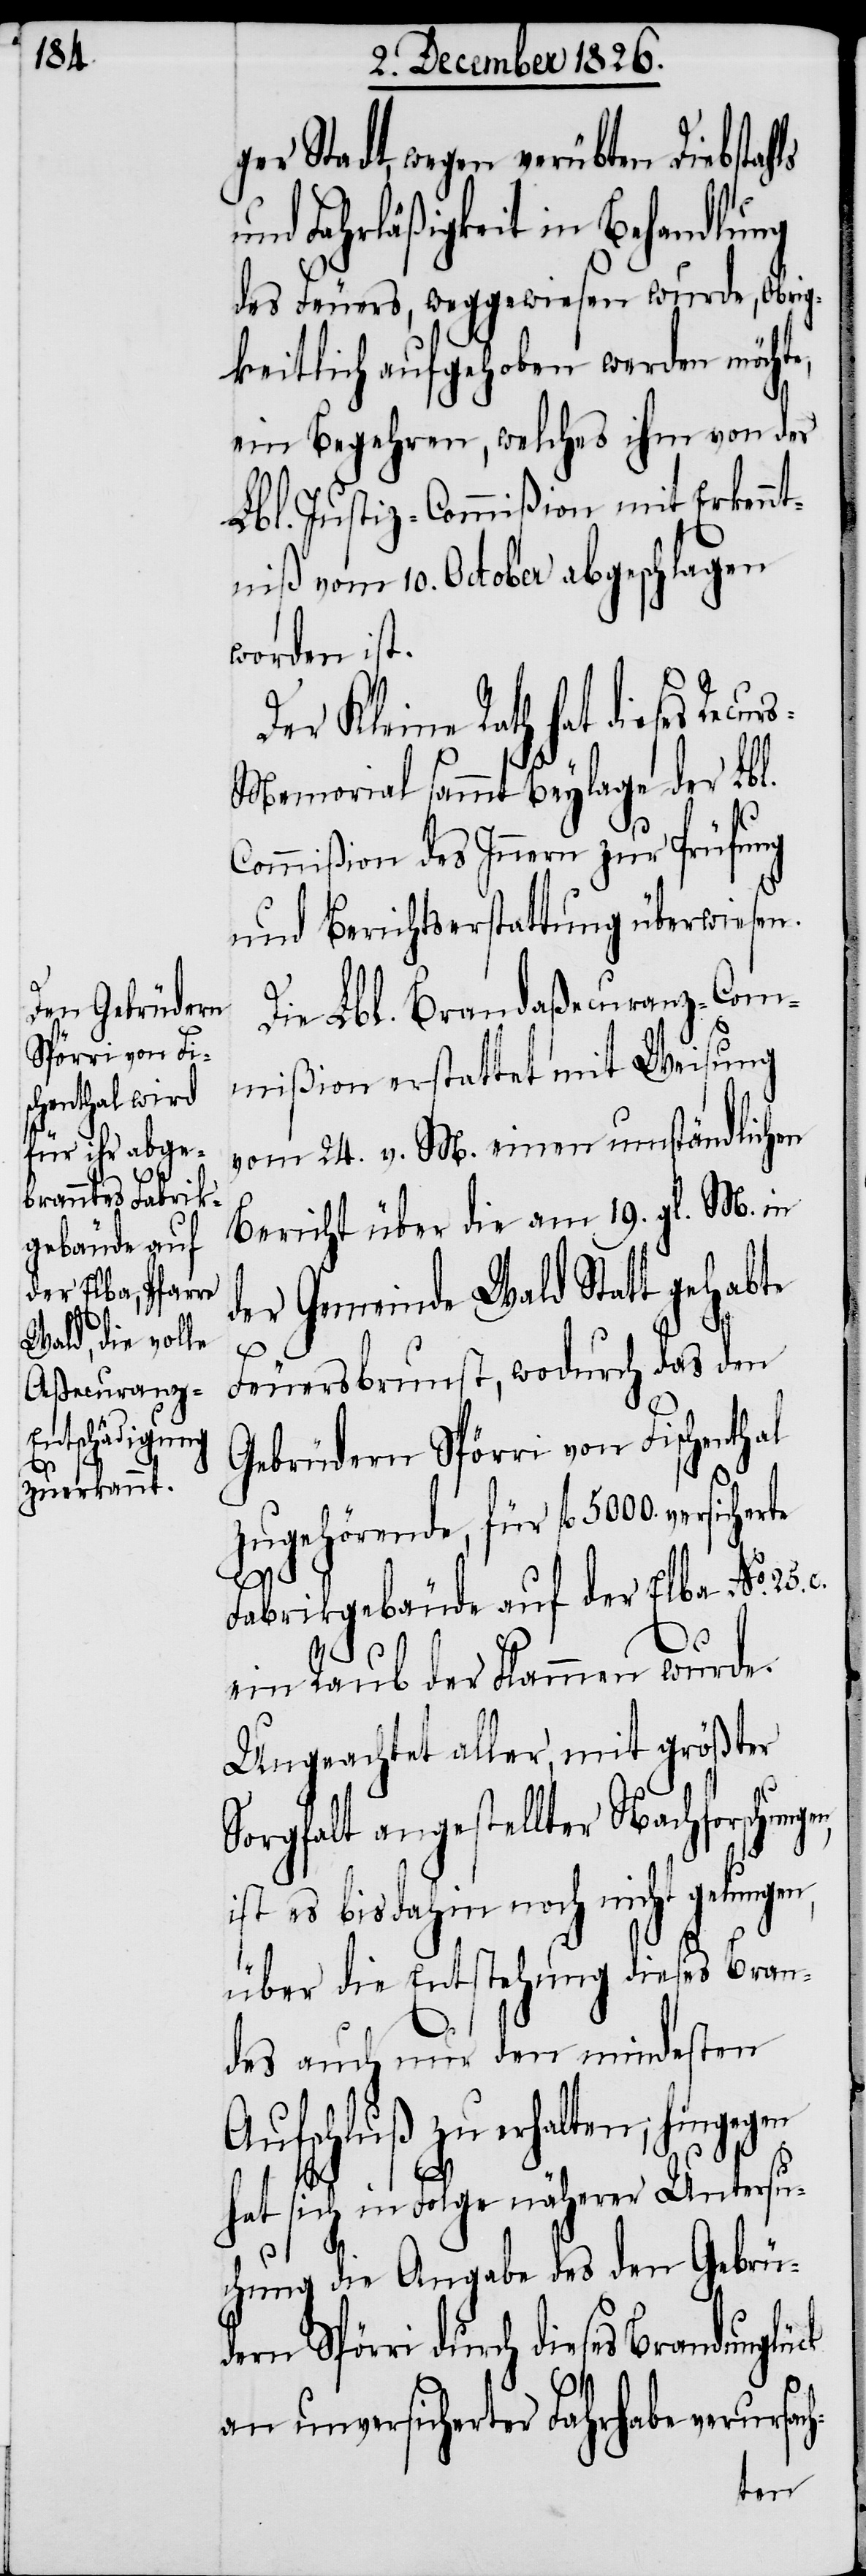
ger Stadt, wegen verübten Diebstahls
und Fahrläßigkeit in Behandlung
des Feuers, weggewiesen wurde, Obrig¬
keitlich aufgehoben werden möchte,
ein Begehren, welches ihm von der
Lbl. Justiz-Commißion mit Erkennt¬
niß vom 10. October abgeschlagen
worden ist.
Der Kleine Rath hat dieses Rec¬
s-Memorial sammt Beylage der Lbl.
Commißion des Innern zur Prüfung
und Berichtserstattung überwiesen.
Die Lbl. Brandaßecuranz-Com¬
mißion erstattet mit Weisung
vom 24. v. M. einen umständlichen
Bericht über die am 19. gl. M. in
der Gemeinde Wald Statt gehabte
h-
Feuersbrunst, wodurch das den
Gebrüdern Spörri von Fischenthal
zugehörende für fl. 5000. versicherte
Fabrikgebäude auf der Elba No. 25.
ein Raub der Flammen wurde.
Ungeachtet aller, mit größter
Sorgfalt angestellter Nachforschung¬
ist es bis dahin noch nicht gelungen,
über die Entstehung dieses Bran¬
des auch nur den mindesten
Aufschluß zu erhalten; hingegen
ur¬
hat sich in Folge näherer Untersu¬
chung die Angabe des den Gebrüd¬
ern Spörri durch dieses Brandunglück
an unversicherter Fahrhabe verursac¬
en,